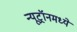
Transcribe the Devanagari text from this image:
न्यूट्रॉनमध्ये